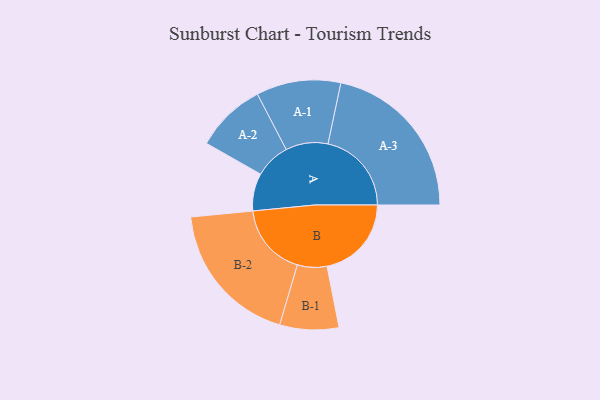
{"axis": {"x": "Segment", "y": "Value"}, "legend": ["", "A", "B"], "data": [{"x": "A", "y": 130, "type": ""}, {"x": "B", "y": 292, "type": ""}, {"x": "A-1", "y": 146, "type": "A"}, {"x": "A-2", "y": 122, "type": "A"}, {"x": "A-3", "y": 289, "type": "A"}, {"x": "B-1", "y": 102, "type": "B"}, {"x": "B-2", "y": 252, "type": "B"}]}